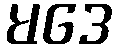
မဒေ